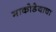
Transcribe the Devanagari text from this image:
माकोडेयाचा